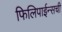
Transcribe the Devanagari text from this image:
फिलिपाईन्सची